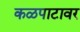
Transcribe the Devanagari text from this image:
कळपाटावर